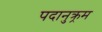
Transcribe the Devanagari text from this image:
पदानुक्र्रम